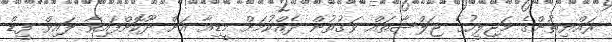
ރައްޔިތުންގެ މަޖިލީހުގެ ޖަލްސާތައް ވަގުތުން ދެއްކުމަށް މީޑިއާ އަށް ދޫކޮށްފައިވާ ލައިވް ފީޑް